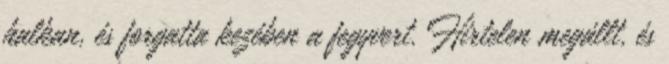
halkan, és forgatta kezében a fegyvert. Hirtelen megállt, és